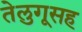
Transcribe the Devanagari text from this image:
तेलुगूसह